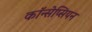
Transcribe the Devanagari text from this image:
कॉन्सेप्सियन